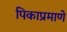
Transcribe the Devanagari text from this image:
पिकाप्रमाणे